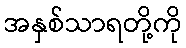
အနှစ်သာရတို့ကို